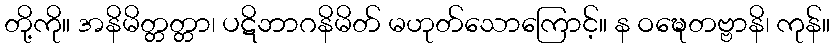
တို့ကို။ အနိမိတ္တတ္တာ၊ ပဋိဘာဂနိမိတ် မဟုတ်သောကြောင့်။ န ဝဍ္ဎေတဗ္ဗာနိ၊ ကုန်။